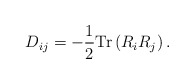
\begin{align*}D_{ij}= - \frac{1}{2} {\rm Tr} \left( R_i R_j \right).\end{align*}